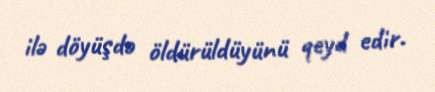
ilə döyüşdə öldürüldüyünü qeyd edir.